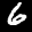
Label: 6